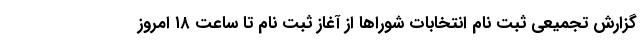
گزارش تجمیعی ثبت نام انتخابات شوراها از آغاز ثبت نام تا ساعت ۱۸ امروز